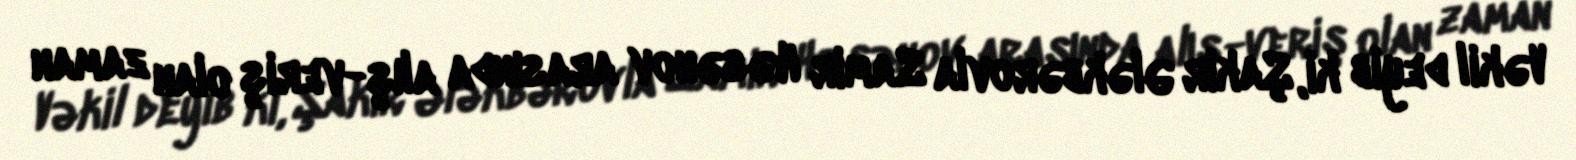
Vəkil deyib ki, Şakir Ələkbərovla Samir Həsənov arasında alış-veriş olan zaman